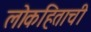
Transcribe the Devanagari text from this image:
लोकहिताची